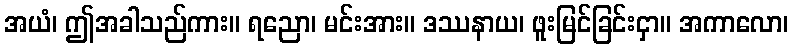
အယံ၊ ဤအခါသည်ကား။ ရညော၊ မင်းအား။ ဒဿနာယ၊ ဖူးမြင်ခြင်းငှာ။ အကာလော၊